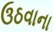
ઉઠવાના